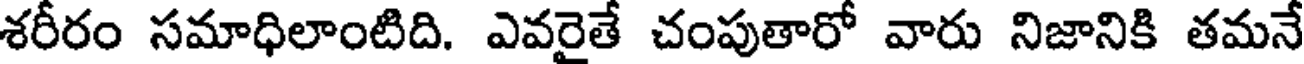
శరీరం సమాధిలాంటిది. ఎవరైతే చంపుతారో వారు నిజానికి తమనే